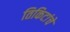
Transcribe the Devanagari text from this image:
तिकिटांचे